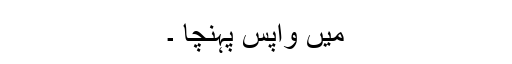
میں واپس پہنچا ۔